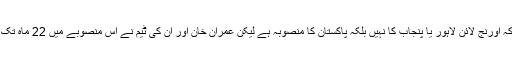
انہوں نے کہا کہ اورنج لائن لاہور یا پنجاب کا نہیں بلکہ پاکستان کا منصوبہ ہے لیکن عمران خان اور ان کی ٹیم نے اس منصوبے میں 22 ماہ تک تاخیر کروائی۔